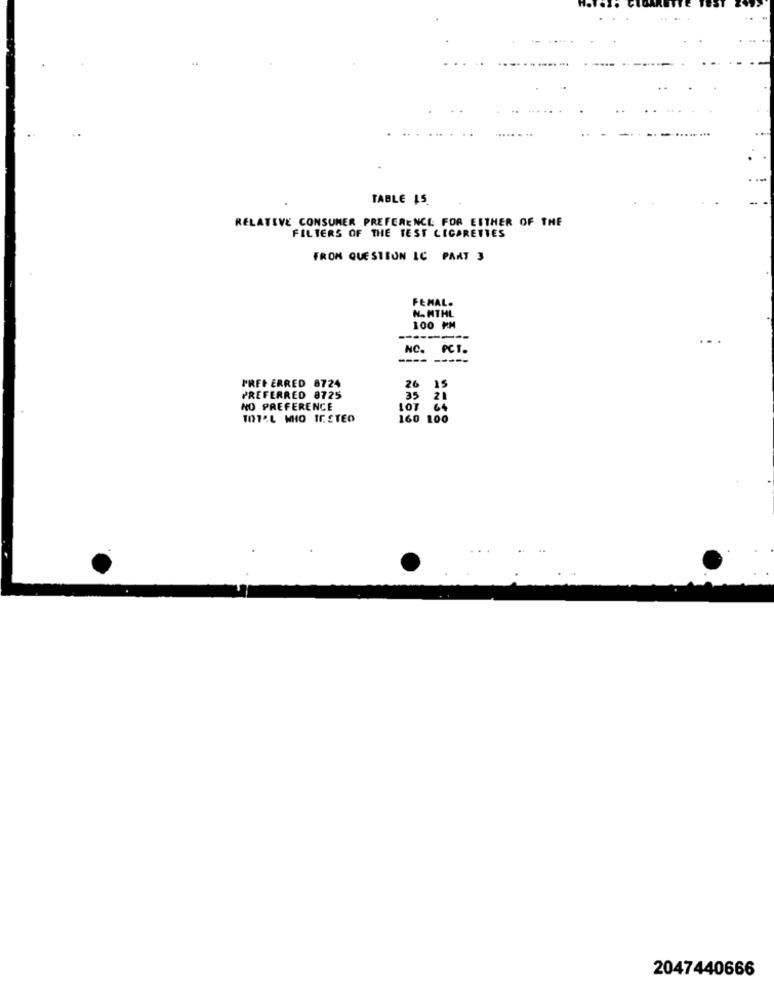
TABLE 15.
RELATIVE CONSUMER PREFERENCE FOR EITHER OF THE
FILTERS OF THE TEST CIGARETTES
FROM QUESTEUN LC PART 3
FEMAL-
N. HTML
100 KM
--------
NO.
PCT.
----
PREFERRED 8724
26
PREFERRED 8725
35
NO PREFERENCE
LOT 64
TOTAL MIO IF.STEO
160 100
2047440666